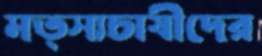
মত্স্যচাষীদের